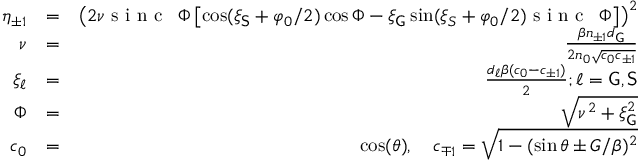
\begin{array} { r l r } { \eta _ { \pm 1 } } & { = } & { \left( 2 \nu \textrm { s i n c \, } { \Phi } \left[ \cos ( \xi _ { \mathsf { S } } + \varphi _ { 0 } / 2 ) \cos \Phi - \xi _ { \mathsf { G } } \sin ( \xi _ { S } + \varphi _ { 0 } / 2 ) \textrm { s i n c \, } { \Phi } \right] \right) ^ { 2 } } \\ { \nu } & { = } & { \frac { \beta n _ { \pm 1 } d _ { \mathsf { G } } } { 2 n _ { 0 } \sqrt { c _ { 0 } c _ { \pm 1 } } } } \\ { \xi _ { \ell } } & { = } & { \frac { d _ { \ell } \beta ( c _ { 0 } - c _ { \pm 1 } ) } { 2 } ; \ell = \mathsf { G , S } } \\ { \Phi } & { = } & { \sqrt { \nu ^ { 2 } + \xi _ { \mathsf { G } } ^ { 2 } } } \\ { c _ { 0 } } & { = } & { \cos ( \theta ) , \quad c _ { \mp 1 } = \sqrt { 1 - ( \sin \theta \pm G / \beta ) ^ { 2 } } } \end{array}